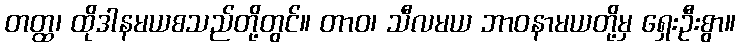
တတ္ထ၊ ထိုဒါနမယစသည်တို့တွင်။ တာဝ၊ သီလမယ ဘာဝနာမယတို့မှ ရှေးဦးစွာ။